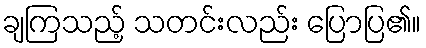
ချကြသည့် သတင်းလည်း ပြောပြ၏။